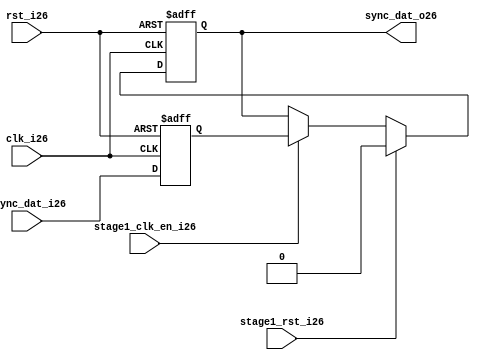
module uart_sync_flops26
(
  // internal signals26
  rst_i26,
  clk_i26,
  stage1_rst_i26,
  stage1_clk_en_i26,
  async_dat_i26,
  sync_dat_o26
);

parameter Tp26            = 1;
parameter width         = 1;
parameter init_value26    = 1'b0;

input                           rst_i26;                  // reset input
input                           clk_i26;                  // clock26 input
input                           stage1_rst_i26;           // synchronous26 reset for stage26 1 FF26
input                           stage1_clk_en_i26;        // synchronous26 clock26 enable for stage26 1 FF26
input   [width-1:0]             async_dat_i26;            // asynchronous26 data input
output  [width-1:0]             sync_dat_o26;             // synchronous26 data output


//
// Interal26 signal26 declarations26
//

reg     [width-1:0]             sync_dat_o26;
reg     [width-1:0]             flop_026;


// first stage26
always @ (posedge clk_i26 or posedge rst_i26)
begin
    if (rst_i26)
        flop_026 <= #Tp26 {width{init_value26}};
    else
        flop_026 <= #Tp26 async_dat_i26;    
end

// second stage26
always @ (posedge clk_i26 or posedge rst_i26)
begin
    if (rst_i26)
        sync_dat_o26 <= #Tp26 {width{init_value26}};
    else if (stage1_rst_i26)
        sync_dat_o26 <= #Tp26 {width{init_value26}};
    else if (stage1_clk_en_i26)
        sync_dat_o26 <= #Tp26 flop_026;       
end

endmodule